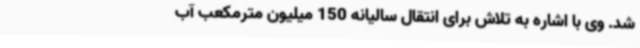
شد. وی با اشاره به تلاش برای انتقال سالیانه 150 میلیون مترمکعب آب